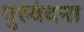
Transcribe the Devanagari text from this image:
गुरुवंदना